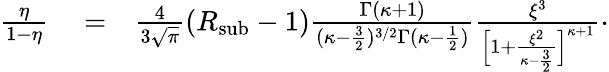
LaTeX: \begin{array}{rlr}{\frac{\eta}{1-\eta}}&{{}=}&{\frac{4}{3\sqrt{\pi}}(R_{\mathrm{\mathrm{sub}}}-1)\frac{\Gamma(\kappa+1)}{(\kappa-\frac{3}{2})^{3/2}\Gamma(\kappa-\frac{1}{2})}\frac{\xi^{3}}{\Big[1+\frac{\xi^{2}}{\kappa-\frac{3}{2}}\Big]^{\kappa+1}}\cdot}\end{array}